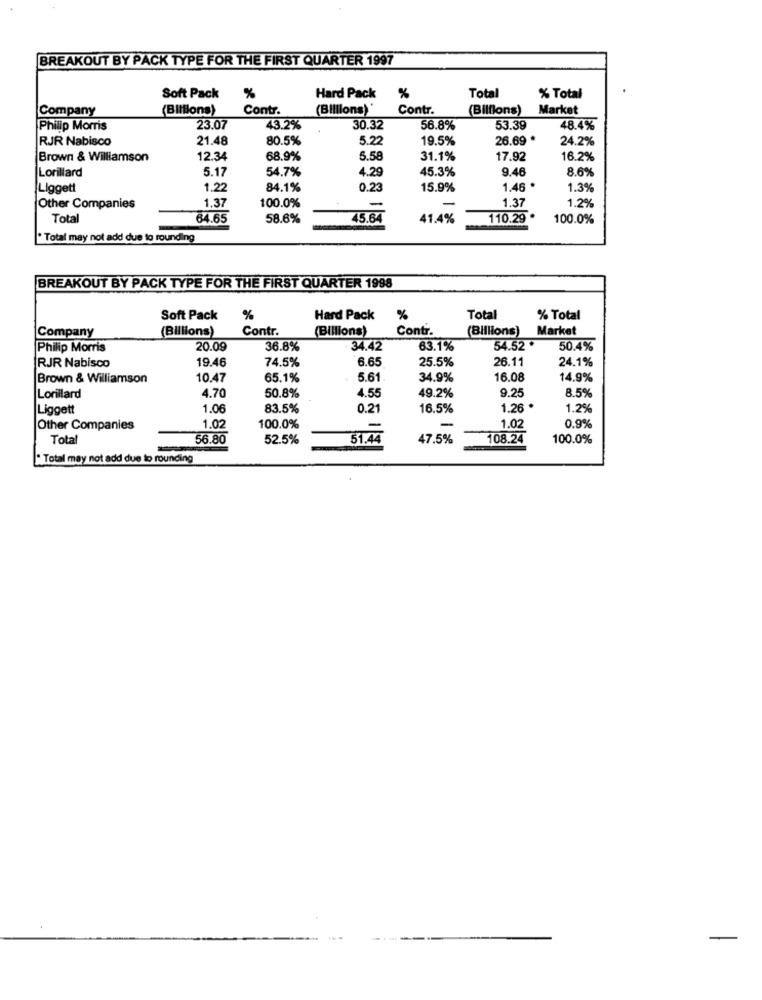
BREAKOUT BY PACK TYPE FOR THE FIRST QUARTER 1997
Soft Pack
%
Hard Pack %
Total
% Total
Company
(Billions)
Contr.
(Billions)'
Contr.
(Bilflons)
Market
Philip Morris
23.07
43.2%
30.32
56.8%
53.39
48.4%
RJR Nabisco
21.48
80.5%
5.22
19.5%
26.69 *
24.2%
Brown & Williamson
12.34
68.9%
5.58
31.1%
17.92
16.2%
Lorillard
5.17
54.7%
4.29
45.3%
9.46
8.6%
Liggett
1.22
84.1%
0.23
15.9%
1.46 *
1.3%
100.0%
1.37
Other Companies
1.37
-
1.2%
Total
64.65
58.6%
45.64
41.4%
110.29 *
100.0%
. Total may not add due to rounding
BREAKOUT BY PACK TYPE FOR THE FIRST QUARTER 1998
Soft Pack
%
Hard Pack
%
Total
% Total
Company
(Billions)
Contr.
(Billions)
Contr.
(Billions)
Market
Philip Morris
20.09
36.8%
34.42
63.1%
54.52 *
50.4%
19.46
74.5%
6.65
24.1%
RJR Nabisco
25.5%
26.11
Brown & Williamson
10.47
65.1%
5.61
34.9%
16.08
14.9%
4.55
9.2
Lorillard
4.70
50.8%
49.2%
8.5%
Liggett
1.06
83.5%
0.2
16.5%
1.26
1.2%
1.0
Other Companies
1.0
100.0%
-
0.9%
Total
56.80
52.5%
51.44
47.5%
108.24
100.0%
" Total may not add due to rounding
-